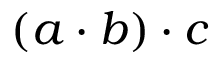
( a \cdot b ) \cdot c